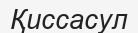
Қиссасул